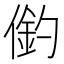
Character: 𠍖